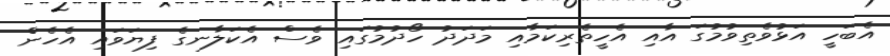
އެބަހީ އަޅުވެތިވުމުގަ އާއި އެހީތެރިކަމާއި މަދަދު ހޯދުމުގައި ވެސް އެކަލާނގެ ފިޔަވައި އެހެން